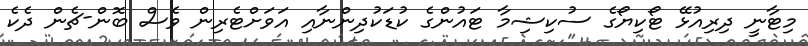
މިޓާނީ ދިރިއުޅޭ ޓޯކިޔޯގެ ސުކިޝިމާ ޓައުންގެ ކުޑަކުދިންނާއި އަވަށްޓެރިން ވެސް ބޮން-ޗެން ދެކެ